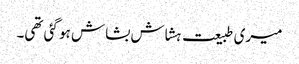
میری طبیعت ہشاش بشاش ہو گئی تھی۔